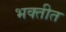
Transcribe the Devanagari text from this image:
भक्तीत